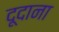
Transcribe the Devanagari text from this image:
दूदाना